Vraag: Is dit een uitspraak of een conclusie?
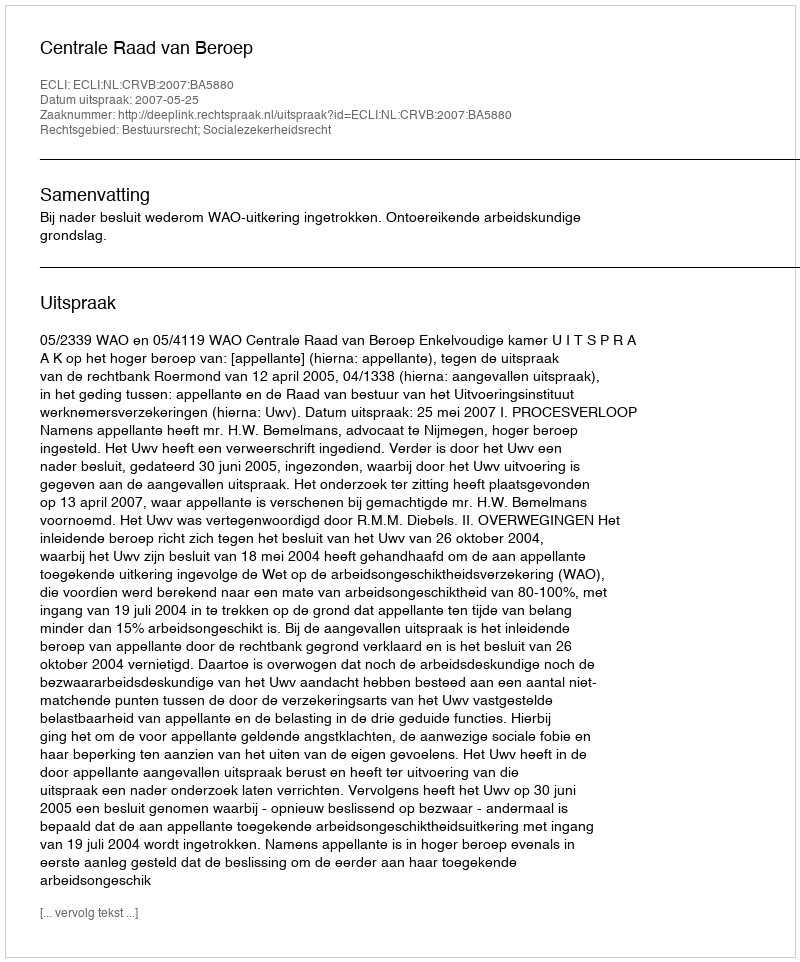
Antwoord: Uitspraak